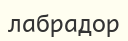
лабрадор